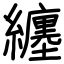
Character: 纏